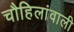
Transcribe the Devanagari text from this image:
चौहिलांवाली